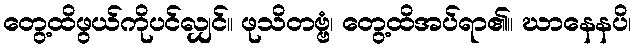
တွေ့ထိဖွယ်ကိုပင်လျှင်။ ဖုသိတဗ္ဗံ၊ တွေ့ထိအပ်ရာ၏။ ဃာနေနပိ၊